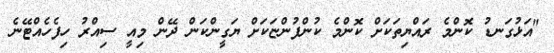
"އަޅުގަނޑު ކޮންމެ ރައްޔިތަކަށް ކޮންމެ ކުންފުންޏަކަށް ޔަގީންކަން ދޭން މިއީ ސިއްރު ހިފެހެއްޓޭނެ